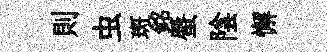
則虫斑銘蜃陰懈